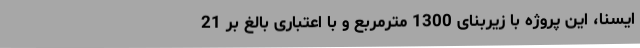
ایسنا، این پروژه با زیربنای 1300 مترمربع و با اعتباری بالغ بر 21